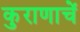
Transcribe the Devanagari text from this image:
कुराणाचें